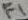
Text: F1